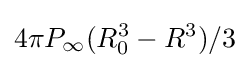
4\pi P_{\infty }(R_{0}^{3}-R^{3})/3